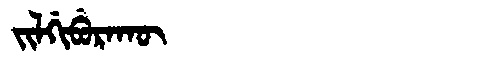
Manchu: ᠵᡳᠯᡤᡳᠪᡠᡵᠠᡴᡡ
Romanization: JILGIBURAKŪ